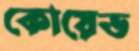
কোয়েড